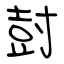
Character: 尌